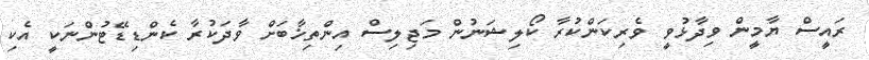
ރައީސް ޔާމީން ވިދާޅުވީ ވެރިކަންކުރާ ކޯލިޝަނުން މަޖިލިސް އިންތިޚާބަށް ވާދަކުރާ ކެންޑިޑޭޓުންނަކީ އެކި